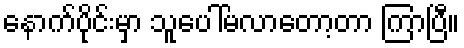
နောက်ပိုင်းမှာ သူပေါ်မလာတော့တာ ကြာပြီ။